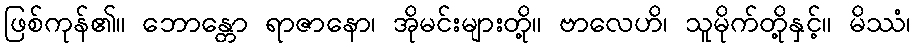
ဖြစ်ကုန်၏။ ဘောန္တော ရာဇာနော၊ အိုမင်းများတို့။ ဗာလေဟိ၊ သူမိုက်တို့နှင့်။ မိဿံ၊